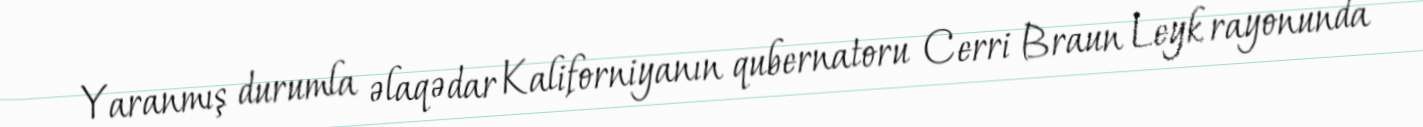
Yaranmış durumla əlaqədar Kaliforniyanın qubernatoru Cerri Braun Leyk rayonunda